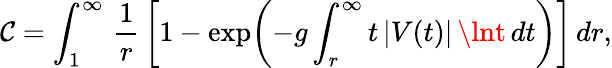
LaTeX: \mathcal{C}=\int_{1}^{\infty}\, {\frac{{1}}{{r}}}\, \biggl[1-\exp\biggl(-g\int_{r}^{\infty}t\, |V(t)|\, \lnt\, dt\biggr)\biggr]\, dr,